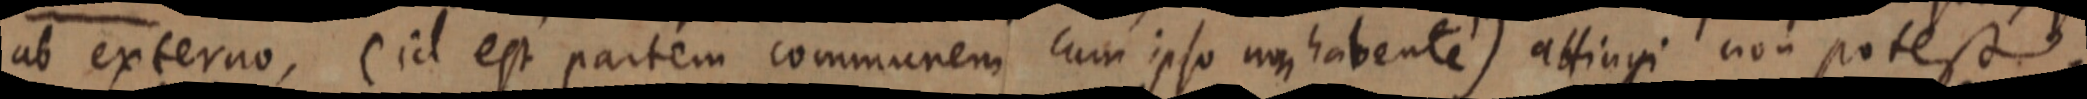
ab externo, (id est partem communem cum ipso non habente) attingi non potest.